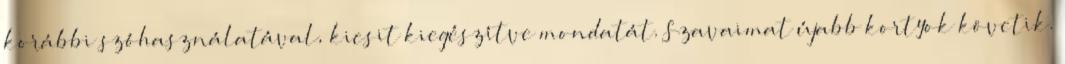
korábbi szóhasználatával, kicsit kiegészítve mondatát. Szavaimat újabb kortyok követik.